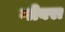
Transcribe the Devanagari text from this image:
नोबरा